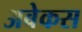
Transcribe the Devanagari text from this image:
अबेकस